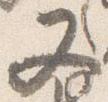
又